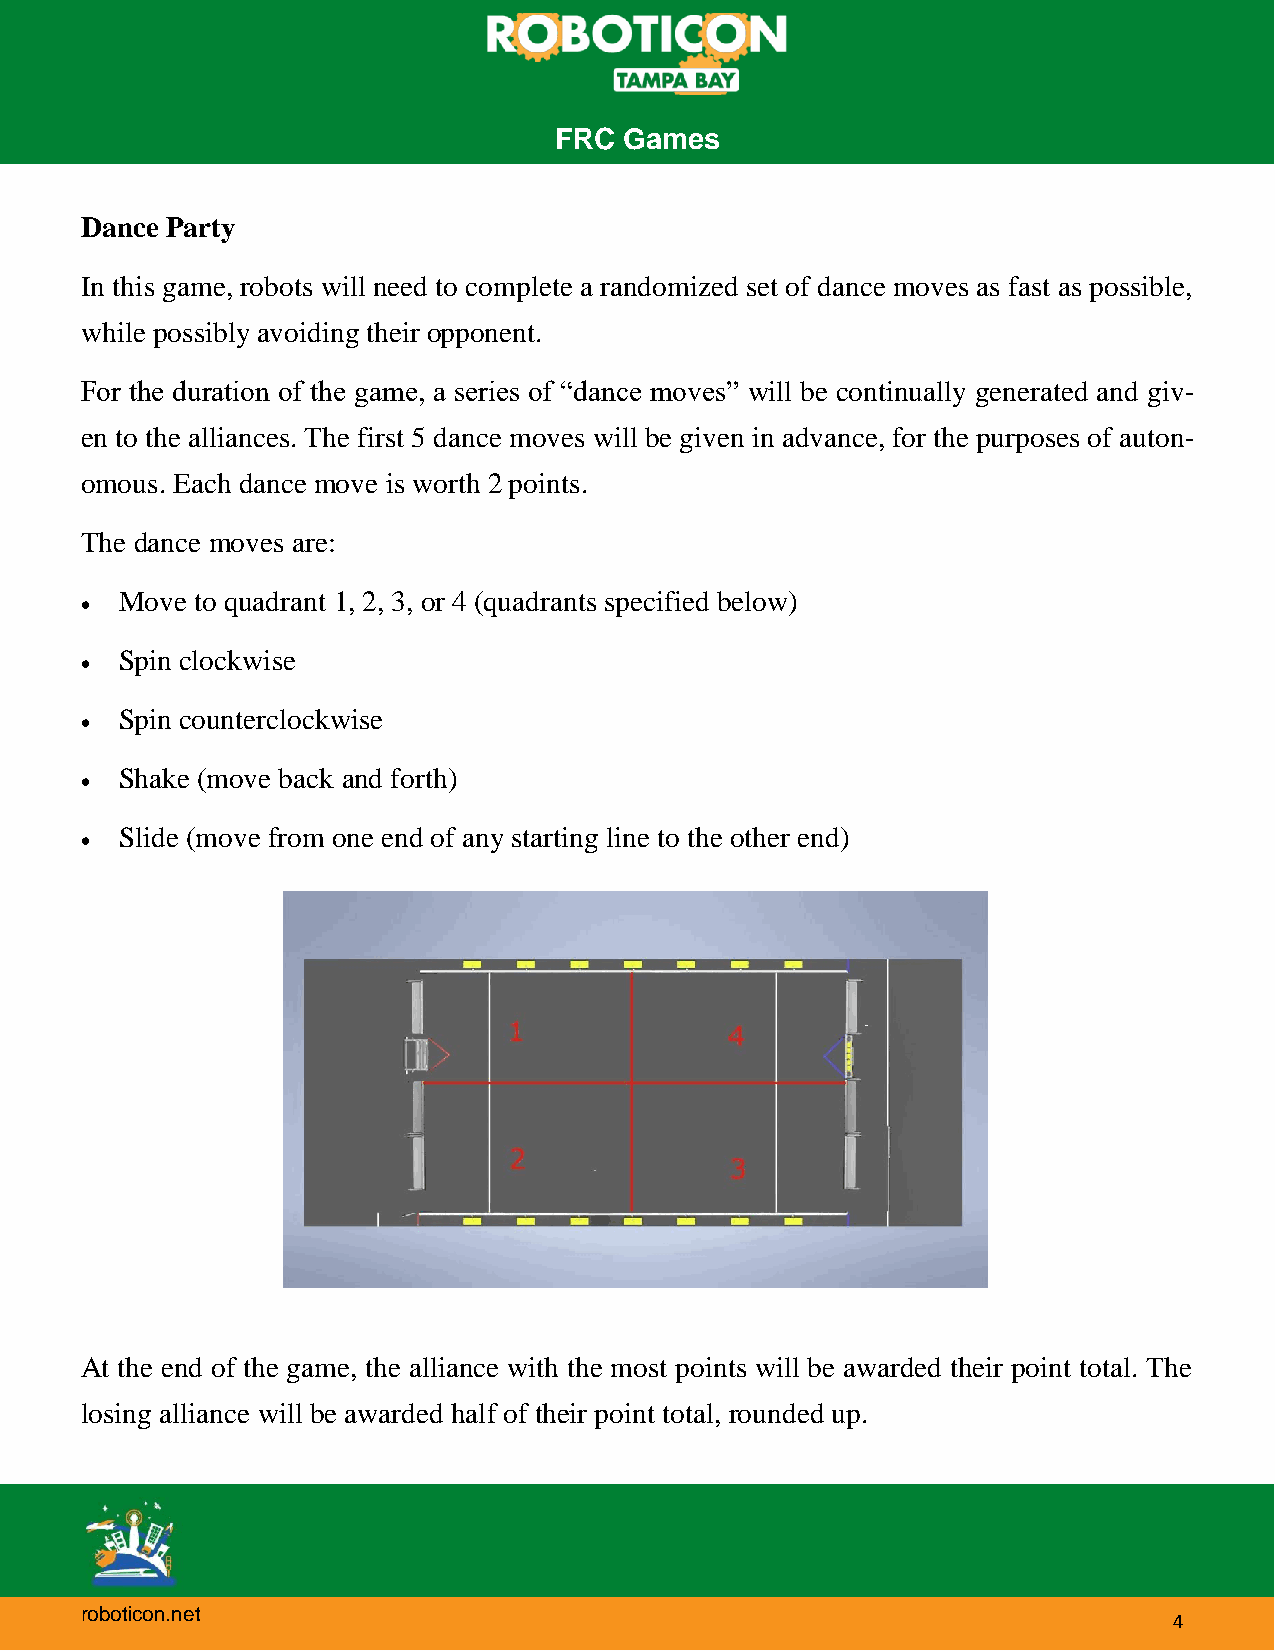
FRC Games
 Dance Party
 In this game, robots will need to complete a randomized set of dance moves as fast as possible,
 while possibly avoiding their opponent.
 For the duration of the game, a series of “dance moves” will be continually generated and giv-
 en to the alliances. The first 5 dance moves will be given in advance, for the purposes of auton-
 omous. Each dance move is worth 2 points.
 The dance moves are:
 Move to quadrant 1, 2, 3, or 4 (quadrants specified below)
 •
 Spin clockwise
 •
 Spin counterclockwise
 •
 Shake (move back and forth)
 •
 Slide (move from one end of any starting line to the other end)
 •
 At the end of the game, the alliance with the most points will be awarded their point total. The
 losing alliance will be awarded half of their point total, rounded up.
 roboticon.net
 4